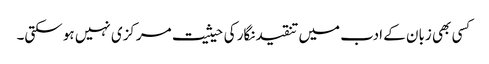
کسی بھی زبان کے ادب میں تنقیدنگار کی حیثیت مرکزی نہیں ہو سکتی۔